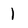
Character: 1